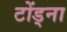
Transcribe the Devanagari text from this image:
टोंड्ना